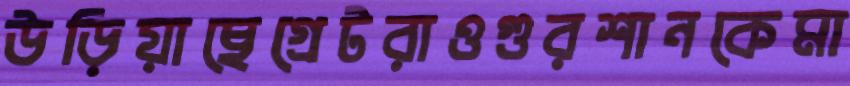
উড়িয়াছেগ্রেটরাওগুরশানকেমা